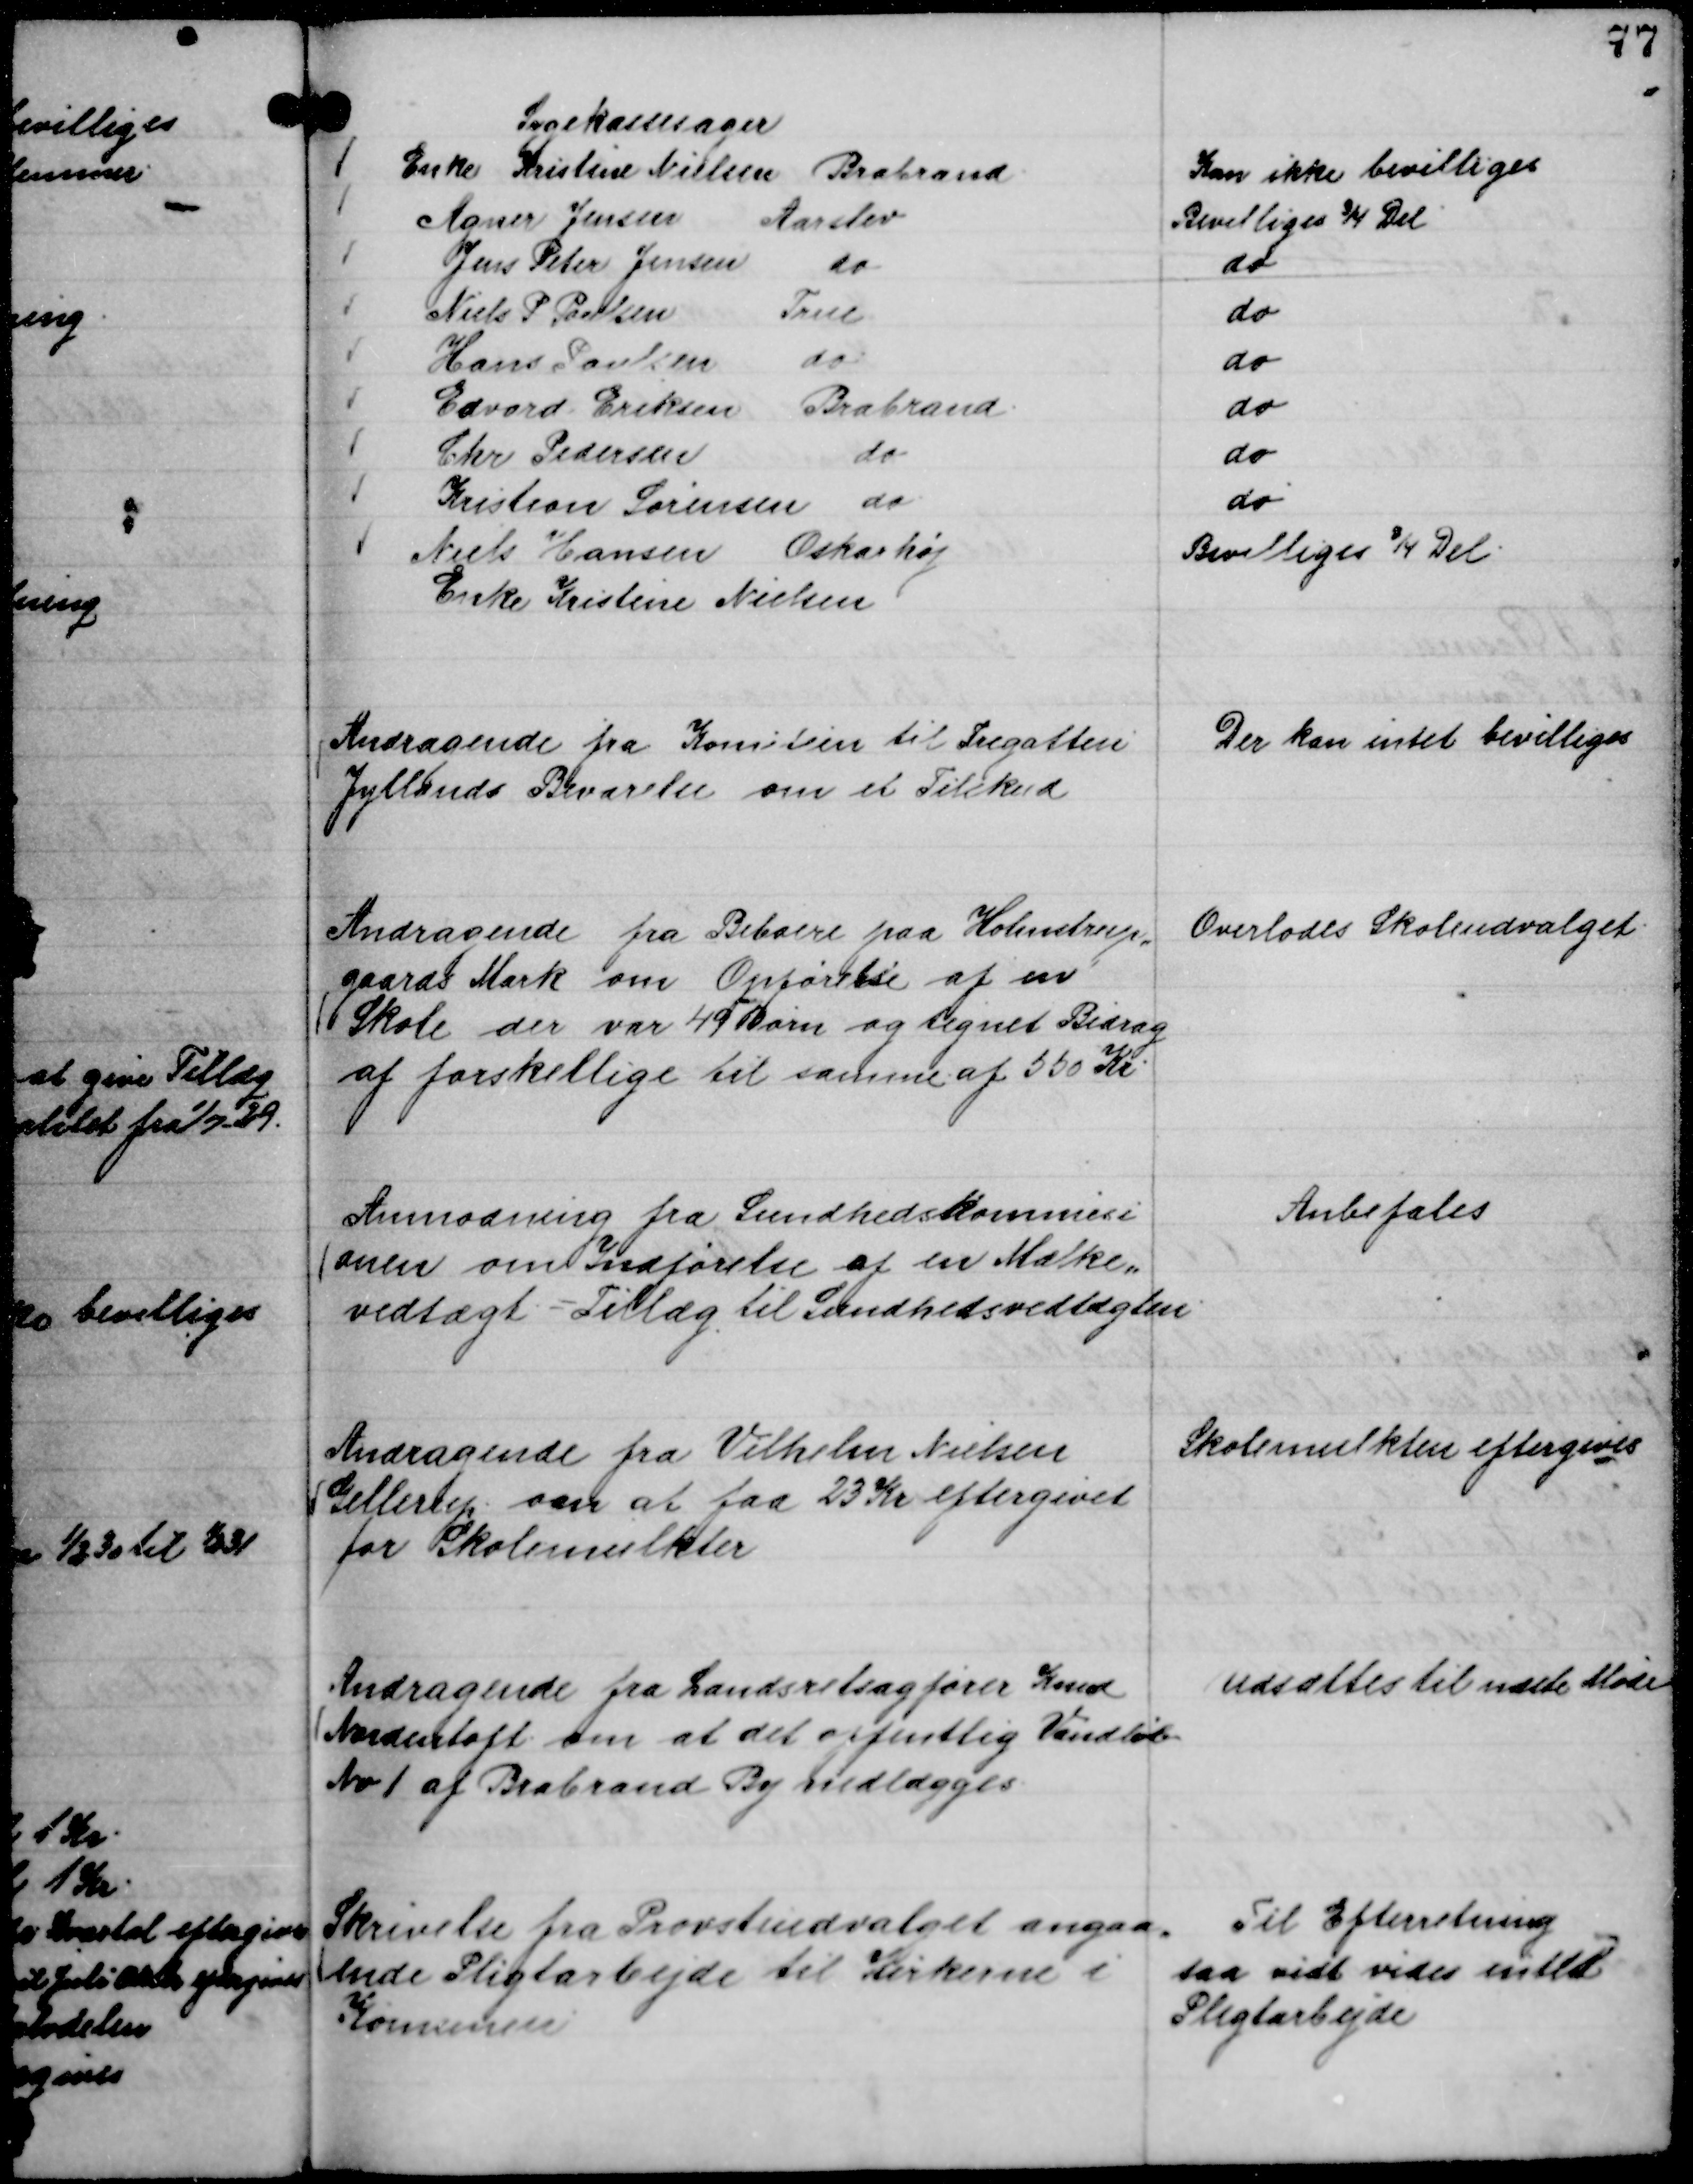
Transskription:
Sygekassesager
Enke Kristine Nielsen Brabrand
Kan ikke bevilliges
Agner Jensen Aarslev
Bevilliges ¾ Del
Jens Peter Jensen do
do
Niels P Poulsen True
do
Hans Poulsen do
do
Edvard Eriksen Brabrand.
do
Chr Pedersen do
do
Kristian Sørensen do.
do
Niels Hansen Oskarhøj
Bevilliges ¾ Del.
Enke Kristine Nielsen

Andragende fra Komitéen til Fregatten
Jyllands Bevarelse om et Tilskud

Der kan intet bevilliges

Andragende fra Beboere paa Holmstrup,,
gaards Mark om Opførelse af en
Skole der var 49 Børn og tegnet Bidrag
af forskellige til samme af 550 Kr.

Overlodes Skoleudvalget.

Anmodning fra Sundhedskommisi
onen om Indførelse af en Mælke,,
vedtægt. = Tillæg til Sundhedsvedtægten.

Anbefales

Andragende fra Vilhelm Nielsen
Gellerup om at faa 23 Kr eftergivet
for Skolemulkter

Skolemulkten eftergives

Andragende fra Landsretsagfører Knud
Nordentoft om at det offentlig Vandløb
No 1 af Brabrand By nedlægges.

Udsættes til næste Møde

Skrivelse fra Provstiudvalget angaa,,
ende Pligtarbejde til Kirkerne i
Komunen

Til Efterretning
saa vidt vides intet
Pligtarbejde